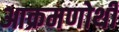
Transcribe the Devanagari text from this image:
आक्रमणोथी